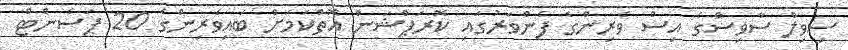
ސިވިލް ސާވިސްގެ އިސް ވެރިންގެ ފެންވަރުގައި ކޮރަޕްޝަން އޮތްކަމަށް ބައިވެރިންގެ 20 ޕަސެންޓް